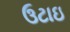
ઉટાઇ